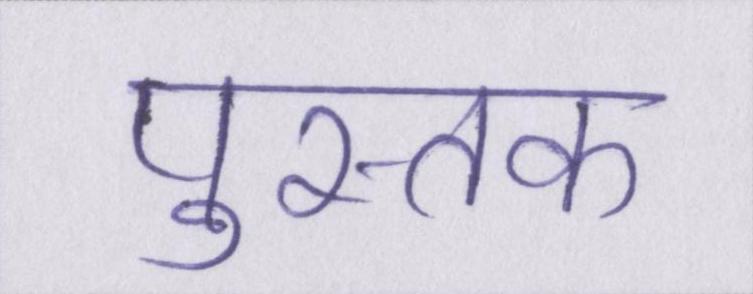
पुस्तक